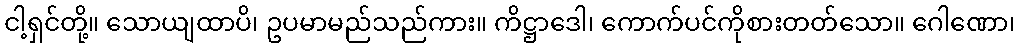
ငါ့ရှင်တို့။ သောယျထာပိ၊ ဥပမာမည်သည်ကား။ ကိဋ္ဌာဒေါ၊ ကောက်ပင်ကိုစားတတ်သော။ ဂေါဏော၊